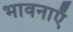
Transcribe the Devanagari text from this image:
भावनाएॅं